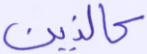
كالذين